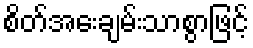
စိတ်အေးချမ်းသာစွာဖြင့်